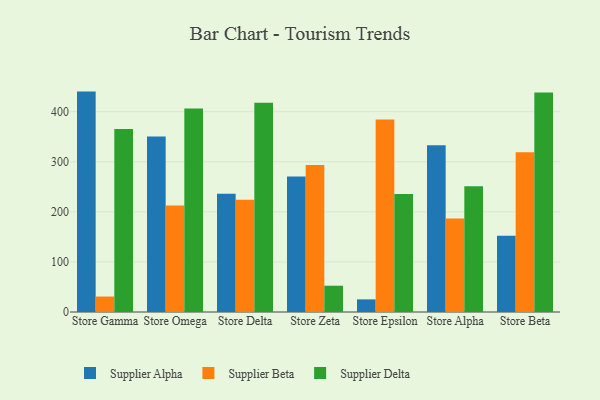
{"axis": {"x": "Store", "y": "Headcount"}, "legend": ["Supplier Alpha", "Supplier Beta", "Supplier Delta"], "data": [{"x": "Store Gamma", "y": 440.1, "type": "Supplier Alpha"}, {"x": "Store Gamma", "y": 30.9, "type": "Supplier Beta"}, {"x": "Store Gamma", "y": 365.6, "type": "Supplier Delta"}, {"x": "Store Omega", "y": 350.2, "type": "Supplier Alpha"}, {"x": "Store Omega", "y": 212.9, "type": "Supplier Beta"}, {"x": "Store Omega", "y": 406.2, "type": "Supplier Delta"}, {"x": "Store Delta", "y": 236.3, "type": "Supplier Alpha"}, {"x": "Store Delta", "y": 224.2, "type": "Supplier Beta"}, {"x": "Store Delta", "y": 417.8, "type": "Supplier Delta"}, {"x": "Store Zeta", "y": 270.6, "type": "Supplier Alpha"}, {"x": "Store Zeta", "y": 293.7, "type": "Supplier Beta"}, {"x": "Store Zeta", "y": 52.5, "type": "Supplier Delta"}, {"x": "Store Epsilon", "y": 25.2, "type": "Supplier Alpha"}, {"x": "Store Epsilon", "y": 384.5, "type": "Supplier Beta"}, {"x": "Store Epsilon", "y": 235.6, "type": "Supplier Delta"}, {"x": "Store Alpha", "y": 333.0, "type": "Supplier Alpha"}, {"x": "Store Alpha", "y": 186.8, "type": "Supplier Beta"}, {"x": "Store Alpha", "y": 250.9, "type": "Supplier Delta"}, {"x": "Store Beta", "y": 152.5, "type": "Supplier Alpha"}, {"x": "Store Beta", "y": 319.2, "type": "Supplier Beta"}, {"x": "Store Beta", "y": 438.3, "type": "Supplier Delta"}]}